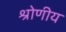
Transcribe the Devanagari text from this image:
श्रोणीय